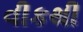
વીકથી